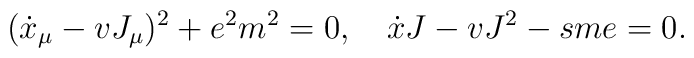
(\dot{x}_{\mu}-vJ_{\mu})^{2}+e^{2}m^{2}=0,\quad\dot{x}J-vJ^{2}-s me=0.